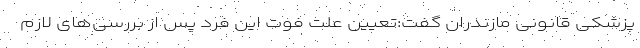
پزشکی قانونی مازندران گفت:تعیین علت فوت این فرد پس از بررسی‌های لازم